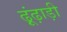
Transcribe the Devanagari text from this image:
ढ़ूंढ़ाड़ी